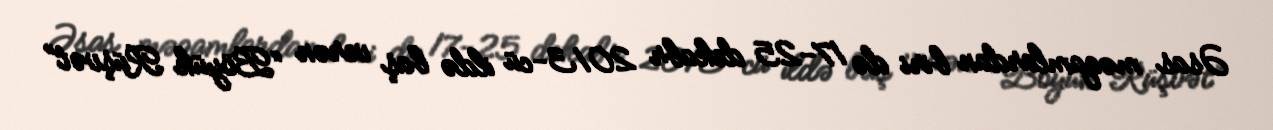
Əsas məqamlardan biri də 17-25 dekabr 2013-cü ildə baş verən “Böyük Rüşvət”